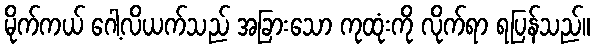
မိုက်ကယ် ဂေါ့လိယက်သည် အခြားသော ကုထုံးကို လိုက်ရာ ရပြန်သည်။